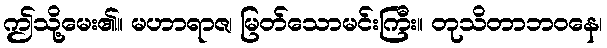
ဤသို့မေး၏။ မဟာရာဇ၊ မြတ်သောမင်းကြီး။ တုသိတာဘဝနေ၊